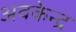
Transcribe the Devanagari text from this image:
अवकेन्द्र